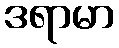
ဒရာမာ